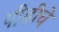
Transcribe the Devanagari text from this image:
पीढीचे